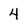
Character: 4